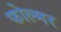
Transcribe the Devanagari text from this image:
फोल्मर